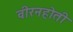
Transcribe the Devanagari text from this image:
वीरनहोती